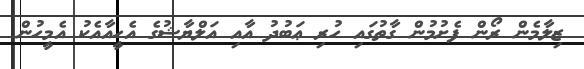
ޒިލާމެން ރޯން ފެށުމުން ގާތުގައި ހުރި ޢަބުދު އާއި އަލްޔާޝުގެ އެހީއާއެކު އެމީހުން